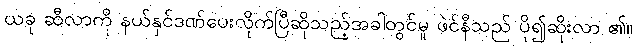
ယခု ဆီလာကို နယ်နှင်ဒဏ်ပေးလိုက်ပြီဆိုသည့်အခါတွင်မူ ဖဲင်နီသည် ပို၍ဆိုးလာ ၏။